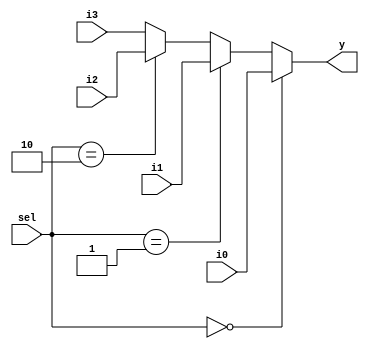
module Mux4to1 #(parameter N = 32) (
	i0, i1, i2, i3,
	sel, 
	y
);
	input [N-1:0] i0, i1, i2, i3;
	input [1:0] sel;
	output [N-1:0] y;

	assign y = (sel==2'b00) ? i0 :
               (sel==2'b01) ? i1 :
               (sel==2'b10) ? i2 :
                i3;

endmodule